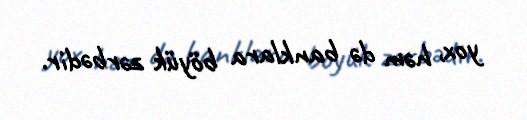
yox, həm də banklara böyük zərbədir.